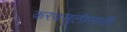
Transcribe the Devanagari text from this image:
करवसुलीसाठी